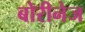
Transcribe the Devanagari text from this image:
बोरीनेज